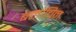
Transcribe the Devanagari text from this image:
बलोचिन